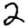
Digit: 2